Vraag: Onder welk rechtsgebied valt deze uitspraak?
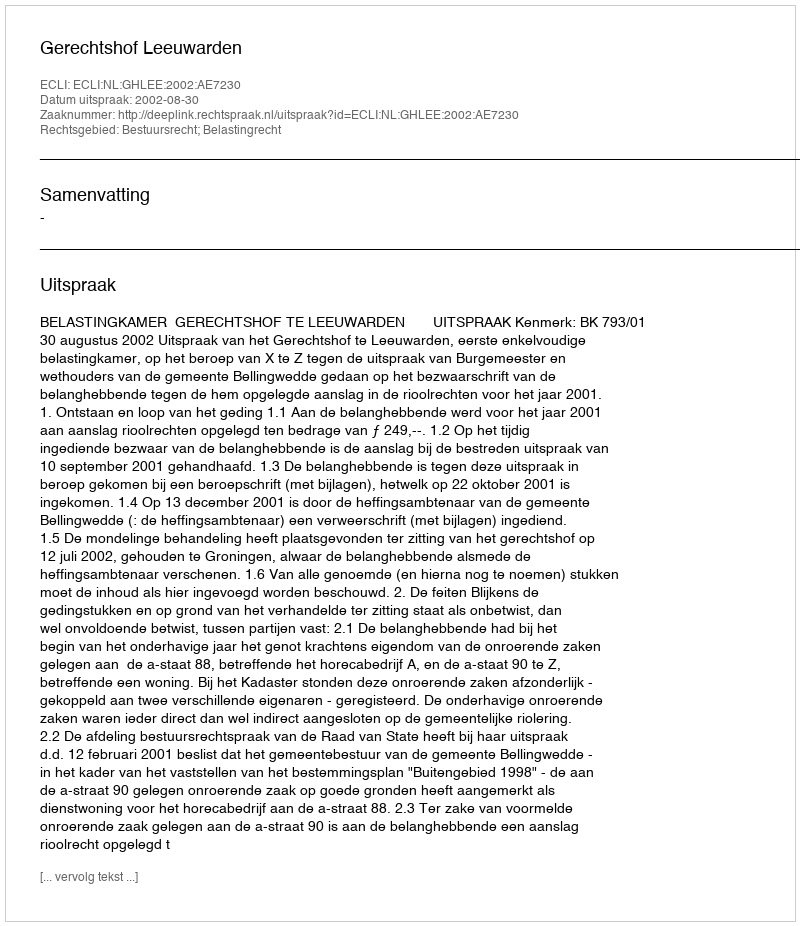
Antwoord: Bestuursrecht; Belastingrecht